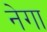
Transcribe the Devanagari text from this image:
नेगा